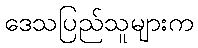
ဒေသပြည်သူများက